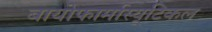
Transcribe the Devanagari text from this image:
बायोफार्मास्यूटिकल